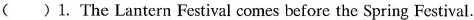
( ) 1. The Lantern Festival comes before the Spring Festival.